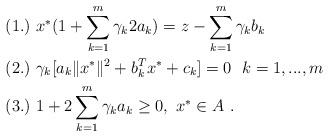
LaTeX: \begin{align*} &(1.)\ x^{*}(1+\sum\limits_{k=1}^m\gamma_k2a_{k})=z-\sum\limits_{k=1}^m\gamma_kb_{k}\ \ \\ &(2.)\ \gamma_k[a_{k}\|x^{*}\|^{2}+b_{k}^{T}x^{*}+c_{k}]=0\ \ k=1,...,m\ \ \\ &(3.)\ 1+2\sum\limits_{k=1}^m\gamma_k a_k\ge0,\ x^{*}\in A \ . \end{align*}